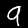
Digit: 9